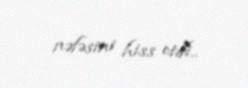
nəfəsini hiss etdi..